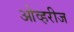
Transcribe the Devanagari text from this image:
ओव्हरीज